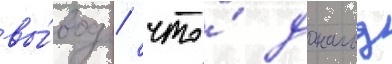
вы́вод / что́ дональд